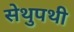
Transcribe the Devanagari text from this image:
सेथुपथी